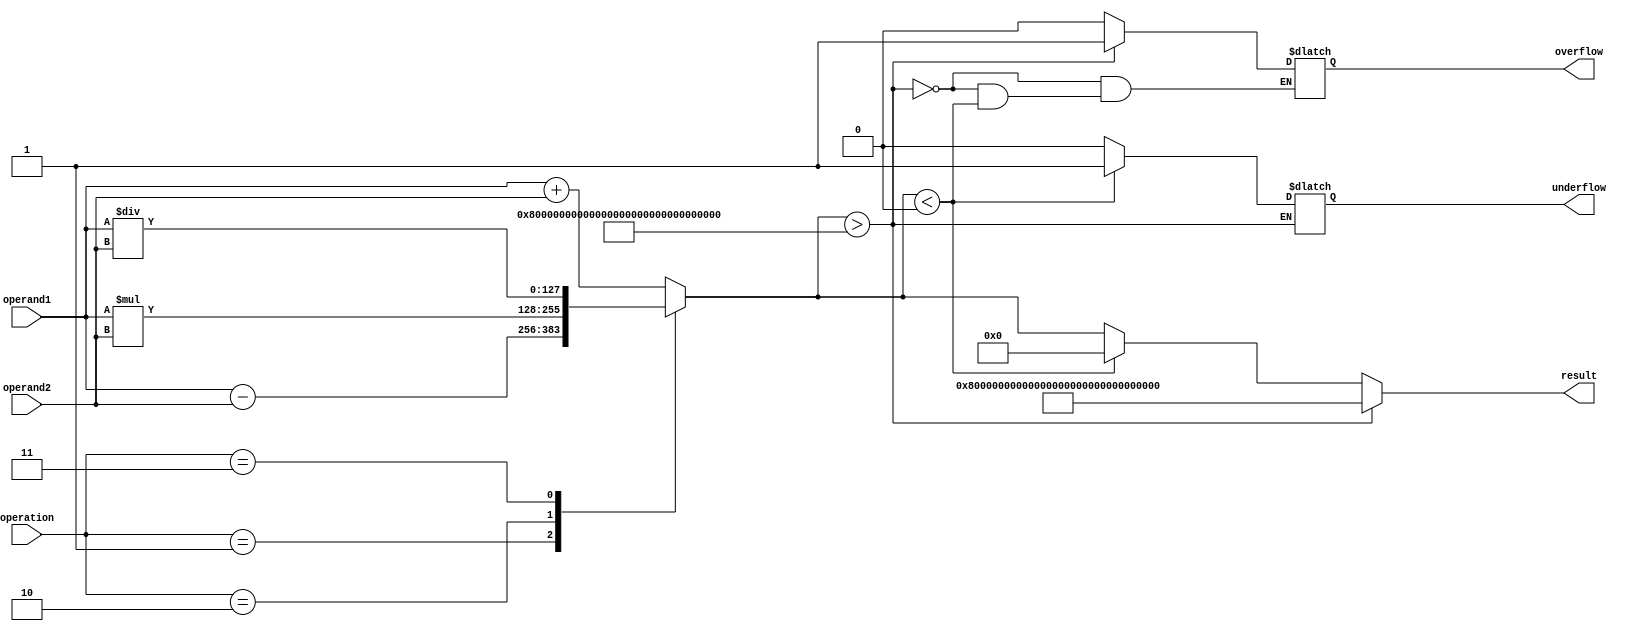
module Quadruple_precision_floating_point_unit(
    input [127:0] operand1,
    input [127:0] operand2,
    input [1:0] operation, // 00: addition, 01: subtraction, 10: multiplication, 11: division
    output reg [127:0] result,
    output reg overflow,
    output reg underflow
);

always @(*) begin
    case(operation)
        2'b00: result = operand1 + operand2; // Addition
        2'b01: result = operand1 - operand2; // Subtraction
        2'b10: result = operand1 * operand2; // Multiplication
        2'b11: result = operand1 / operand2; // Division
    endcase

    // Overflow and underflow handling
    if(result > 128'h7FFFFFFFFFFFFFFFFFFFFFFFFFFFFFFF) begin
        overflow = 1'b1;
        result = 128'h7FFFFFFFFFFFFFFFFFFFFFFFFFFFFFFF;
    end else if(result < 128'h00000000000000000000000000000000) begin
        underflow = 1'b1;
        result = 128'h00000000000000000000000000000000;
    end else begin
        overflow = 1'b0;
        underflow = 1'b0;
    end
end

endmodule